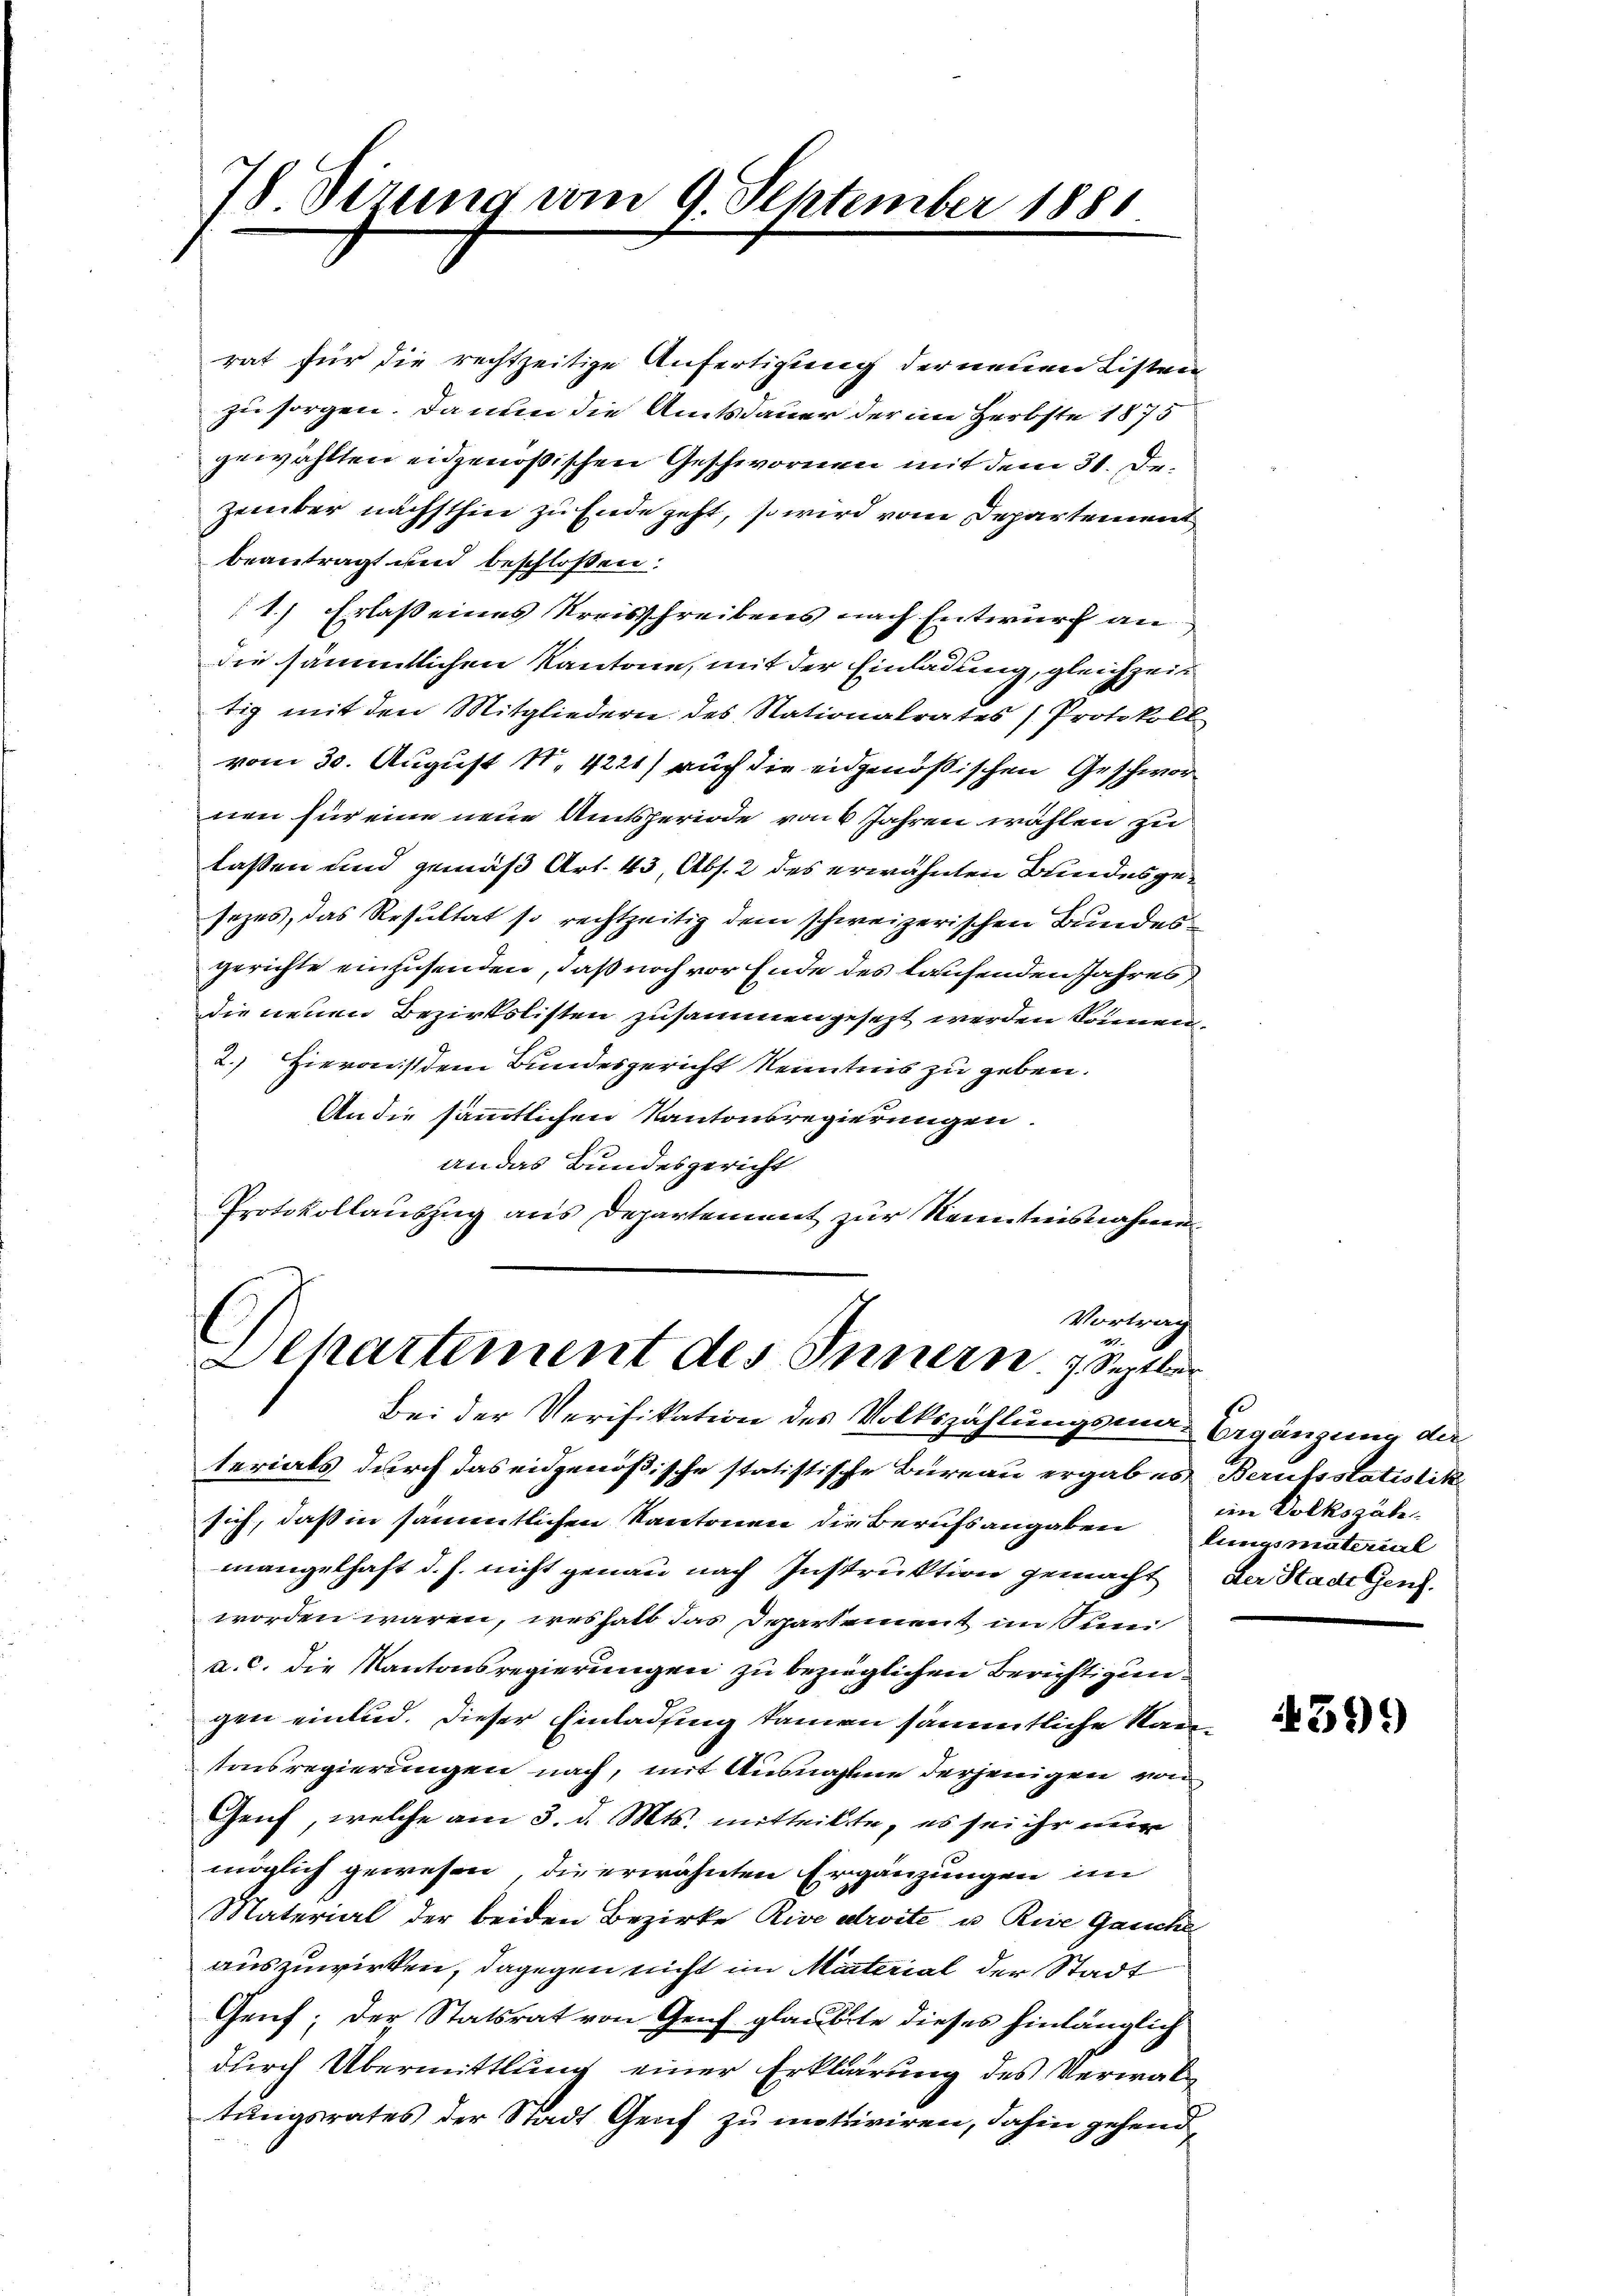
78. dirung vom 9. September 1881.

rat für die rechtzeitige Anfertigung der neuen Listen
zu sorgen. Da nun die Amtsdauer der im Herbste 1875
gewählten eidgenößischen Geschwornen mit dem 31. Dezember nächsthin zu Ende geht, so wird vom Departement
beantragt und beschlossen:
1.) Erlaß eines Kreisschreibens nach Entwurf an
die sämmtlichen Kantone, mit der Einladung, gleichzeit
tig mit den Mitgliedern des Nationalrates (Protokoll
vom 30. August 1. 4221) auch die eidgenößischen Geschwornen für eine neue Amtsperiode von 6 Jahren wählen zu
lassen und gemäß Art. 43, Abs. 2 des erwähnten Bundesgesezes, das Resultat so rechtzeitig dem schweizerischen Bundesgerichte einzusenden, daß noch vor Ende des laufenden Jahres
die neuen Bezirkslisten zusammengesezt werden können,
2.) Hieronst dem Bundesgericht Kenntnis zu geben.
An die sämmtlichen Kantonsregierungen.
an das Bundesgericht
Protokollauszug aus Departement zur Kenntnisnahmen¬

Vortrag
1
Dehartement des Innern, 7 Septer

Bei der Verifikation des Volkszählungsum Ergängung der
terials durch das eidgenößische statistische Büreau ergab es Berufsstatistik
sich, daß in sämmtlichen Kantonen die Berufsangaben Jungsmaterial
mangelhaft d. h. nicht genau nach Instruktion gemacht
worden wären, weshalb das Departement insun
a. c. die Kantonsregierungen zu bezieglichen Berichtigungen einlud. Dieser Einladung kamen sämmtliche Kantonsregierungen nach, mit Ausnahme derjenigen von
Genf, welche am 3. d. Mts. mitteilte, es sei ihr nur
möglich gewesen, die erwähnten Ergänzungen im
Material der beiden Bezirke Rive droite u. Rive Gauche
auszuwirken, dagegen nicht im Mitterial der Stadt
Genf; der Statsrat von Genf glaubte dieses hinlänglich
durch Übermittlung einer Erklärung des Verwaltungsrates der Stadt Genf zu motiviren, dahin gehend,

im Volkszäh
der Stadt Genf.

439)